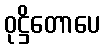
ဝုဋ္ဌိတောပေ